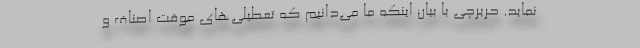
نماید. حریرچی با بیان اینکه ما می‌دانیم که تعطیلی‌های موقت اصناف و